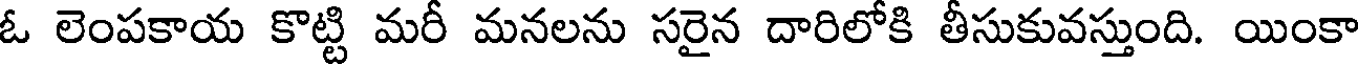
ఓ లెంపకాయ కొట్టి మరీ మనలను సరైన దారిలోకి తీసుకువస్తుంది. యింకా